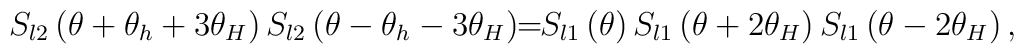
S_{l2}\left( \theta +\theta _{h}+3\theta _{H}\right) S_{l2}\left( \theta-\theta _{h}-3\theta _{H}\right) \!\!=\!\!S_{l1}\left( \theta \right)S_{l1}\left( \theta +2\theta _{H}\right) S_{l1}\left( \theta -2\theta_{H}\right) ,